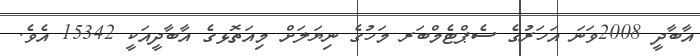
އާބާދީ 2008ވަނަ އަހަރުގެ ސެޕްޓެމްބަރ މަހުގެ ނިޔަލަށް މިއަތޮޅގެ އާބާދީއަކީ 15342 އެވެ.